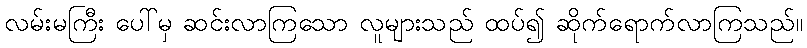
လမ်းမကြီး ပေါ်မှ ဆင်းလာကြသော လူများသည် ထပ်၍ ဆိုက်ရောက်လာကြသည်။